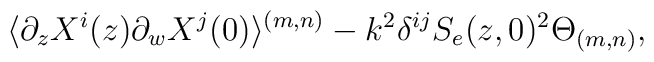
\langle\partial_{z}X^{i}(z)\partial_{w}X^{j}(0)\rangle^{(m,n)}-k^{2}\delta^{ij}S_{e}(z,0)^{2}\Theta_{(m,n)},